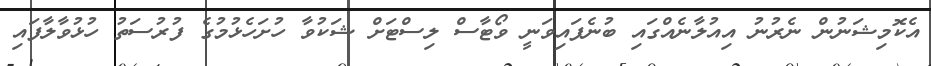
އެކޮމިޝަނުން ނެރުނު އިއުލާނެއްގައި ބުނެފައިވަނީ ވޯޓާސް ލިސްޓަށް ޝަކުވާ ހުށަހެޅުމުގެ ފުރުސަތު ހުޅުވާލާފައި